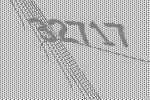
32717